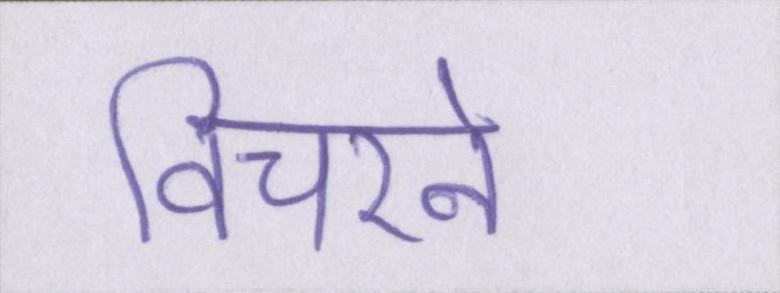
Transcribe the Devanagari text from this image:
विचरने